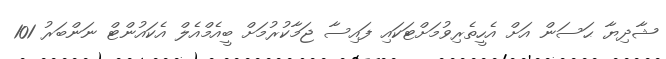
ޝާދިޔާ ޙަސަން އަށް އެހީތެރިވުމަށްޓަކައި ފައިސާ ޖަމާކުރުމަށް ބީއެމްއެލް އެކައުންޓް ނަންބަރު 101